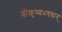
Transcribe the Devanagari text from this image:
श्रीकृष्णभगवान्